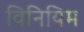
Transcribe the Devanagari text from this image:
विनियिम